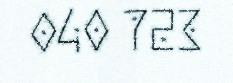
040 723